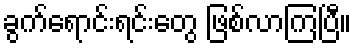
ခွက်ရောင်းရင်းတွေ ဖြစ်လာကြပြီ။